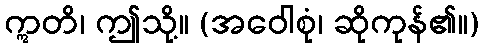
ဣတိ၊ ဤသို့။ (အဝေါစုံ၊ ဆိုကုန်၏။)